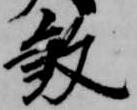
殺